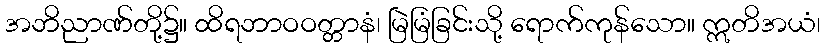
အဘိညာဏ်တို့၌။ ထိရဘာဝဝတ္တာနံ၊ မြဲမြံခြင်းသို့ ရောက်ကုန်သော။ ဣတိအယံ၊